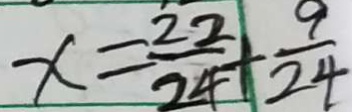
x = \frac { 2 2 } { 2 4 } + \frac { 9 } { 2 4 }